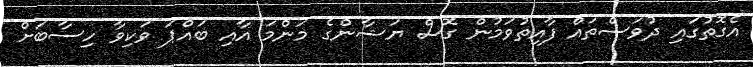
އެގޮތުގައި ދުވަސްތައް ފާއިތުވަމުން ގޮސް ޔަޝާންގެ މަންމަ އާއި ބައްޕަ ވަކިވާ ހިސާބަށް